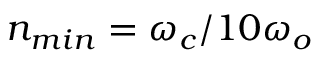
n _ { m i n } = \omega _ { c } / 1 0 \omega _ { o }